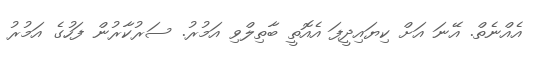
އެއްނެތް. އޭނަ އަށް ކިޔައިދީފަ އެއޮތީ ބާތިލްވި އަމުރު. ސަރުކާރުން ފަހުގެ އަމުރު